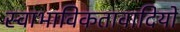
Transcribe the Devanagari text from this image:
स्वाभाविकतावादियों